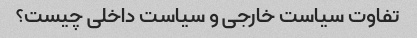
تفاوت سیاست خارجی و سیاست داخلی چیست؟